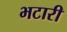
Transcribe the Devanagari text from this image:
भटारी